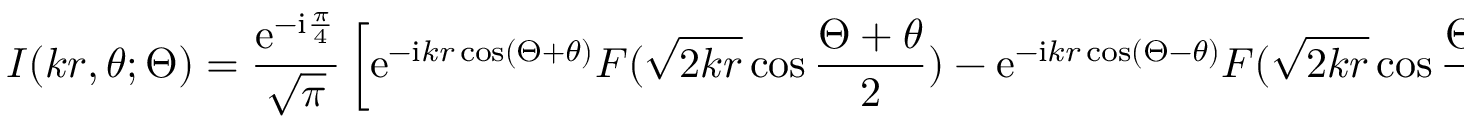
I ( k r , \theta ; \Theta ) = \frac { \mathrm { e } ^ { - \mathrm { i } \frac { \pi } { 4 } } } { \sqrt { \pi } } \left[ \mathrm { e } ^ { - \mathrm { i } k r \cos ( \Theta + \theta ) } F ( \sqrt { 2 k r } \cos \frac { \Theta + \theta } { 2 } ) - \mathrm { e } ^ { - \mathrm { i } k r \cos ( \Theta - \theta ) } F ( \sqrt { 2 k r } \cos \frac { \Theta - \theta } { 2 } ) \right] .